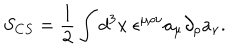
LaTeX: S _ { C S } = \frac { 1 } { 2 } \int d ^ { 3 } x ~ \epsilon ^ { \mu \rho \nu } a _ { \mu } \partial _ { \rho } a _ { \nu } .